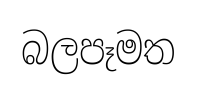
බලපෑමත